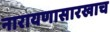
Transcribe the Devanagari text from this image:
नारायणासारखाच